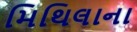
મિથિલાના